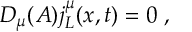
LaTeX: D _ { \mu } ( { \cal A } ) j _ { L } ^ { \mu } ( x , t ) = 0 \ ,